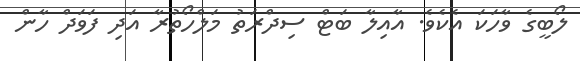
ލޯބީގެ ވާހަކަ އެކެވެ. އާއިލާ ބަޓް ސިދްރަތު މަލްހޯތުރާ އަދި ފަވަދް ހާން